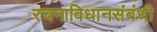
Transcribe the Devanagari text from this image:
रचनाविधानसंबंधी